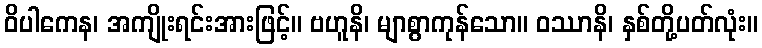
ဝိပါကေန၊ အကျိုးရင်းအားဖြင့်။ ဗဟူနိ၊ မျာစွာကုန်သော။ ဝဿာနိ၊ နှစ်တို့ပတ်လုံး။